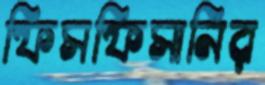
ফিসফিসানির